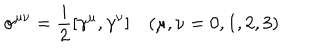
\sigma ^ { \mu \nu } = \frac { i } { 2 } [ \gamma ^ { \mu } , \gamma ^ { \nu } ] \quad ( \mu , \nu = 0 , 1 , 2 , 3 )